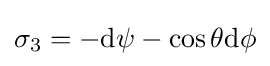
\sigma _{3}=-{\text{d}}\psi -\cos \theta {\text{d}}\phi